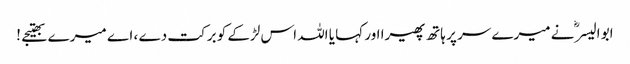
ابو الیسرؓ نے میرے سر پر ہاتھ پھیرا اور کہا یا اللہ اس لڑکے کو برکت دے ، اے میرے بھتیجے !